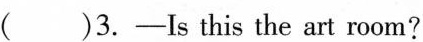
( )3.-Is this the art room?